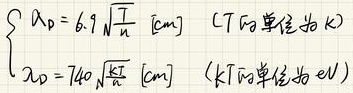
\[
\left\{
\begin{array}{l}
\lambda_D = 6.9 \sqrt{\frac{T}{n}} \ [\text{cm}] \quad (T \text{的单位为 K}) \\
\lambda_D = 740 \sqrt{\frac{kT}{n}} \ [\text{cm}] \quad (kT \text{的单位为 eV})
\end{array}
\right.
\]